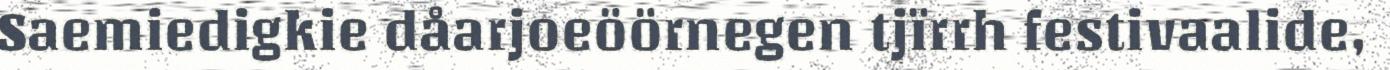
Saemiedigkie dåarjoeöörnegen tjïrrh festivaalide,